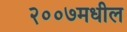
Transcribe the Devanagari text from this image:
२००७मधील